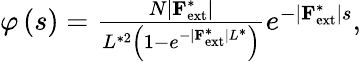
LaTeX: \begin{array}{r}{\varphi\left(s\right)=\frac{N\lvert\textbf{F}_{\mathrm{ext}}^{*}\rvert}{L^{*2}\left(1-e^{-\lvert\textbf{F}_{\mathrm{ext}}^{*}\rvert L^{*}}\right)}e^{-\lvert\textbf{F}_{\mathrm{ext}}^{*}\rvert s},}\end{array}